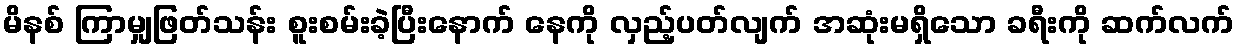
မိနစ် ကြာမျှဖြတ်သန်း စူးစမ်းခဲ့ပြီးနောက် နေကို လှည့်ပတ်လျက် အဆုံးမရှိသော ခရီးကို ဆက်လက်